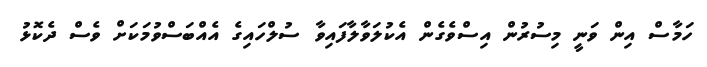
ހަމާސް އިން ވަނީ މިސުރުން އިސްވެގެން އެކުލަވާލާފައިވާ ސުލްހައިގެ އެއްބަސްވުމަކަށް ވެސް ދެކޮޅު